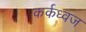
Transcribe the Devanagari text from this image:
कर्कध्वज